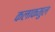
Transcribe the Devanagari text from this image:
कलाकमुल